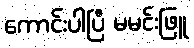
ကောင်းပါပြီ မမင်းဖြူ